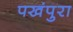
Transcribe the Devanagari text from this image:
पखंपुरा